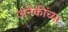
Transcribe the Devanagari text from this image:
अनेकींच्या